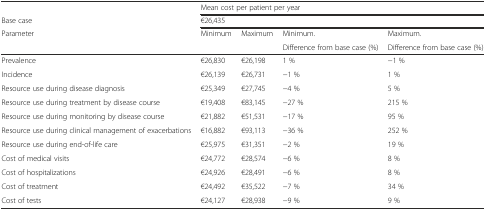
<table><thead><tr><td></td><td colspan="4"><b>Mean cost per patient per year</b></td></tr><tr><td><b>Base case</b></td><td colspan="4"><b>€26,435</b></td></tr><tr><td rowspan="2"><b>Parameter</b></td><td rowspan="2"><b>Minimum</b></td><td rowspan="2"><b>Maximum</b></td><td><b>Minimum.</b></td><td><b>Maximum.</b></td></tr><tr><td><b>Difference from base case (%)</b></td><td><b>Difference from base case (%)</b></td></tr></thead><tbody><tr><td>Prevalence</td><td>€26,830</td><td>€26,198</td><td>1 %</td><td>−1 %</td></tr><tr><td>Incidence</td><td>€26,139</td><td>€26,731</td><td>−1 %</td><td>1 %</td></tr><tr><td>Resource use during disease diagnosis</td><td>€25,349</td><td>€27,745</td><td>−4 %</td><td>5 %</td></tr><tr><td>Resource use during treatment by disease course</td><td>€19,408</td><td>€83,145</td><td>−27 %</td><td>215 %</td></tr><tr><td>Resource use during monitoring by disease course</td><td>€21,882</td><td>€51,531</td><td>−17 %</td><td>95 %</td></tr><tr><td>Resource use during clinical management of exacerbations</td><td>€16,882</td><td>€93,113</td><td>−36 %</td><td>252 %</td></tr><tr><td>Resource use during end-of-life care</td><td>€25,975</td><td>€31,351</td><td>−2 %</td><td>19 %</td></tr><tr><td>Cost of medical visits</td><td>€24,772</td><td>€28,574</td><td>−6 %</td><td>8 %</td></tr><tr><td>Cost of hospitalizations</td><td>€24,926</td><td>€28,491</td><td>−6 %</td><td>8 %</td></tr><tr><td>Cost of treatment</td><td>€24,492</td><td>€35,522</td><td>−7 %</td><td>34 %</td></tr><tr><td>Cost of tests</td><td>€24,127</td><td>€28,938</td><td>−9 %</td><td>9 %</td></tr></tbody></table>